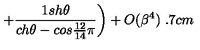
\left. + \frac { 1 s h \theta } { c h \theta - c o s \frac { 1 2 } { 1 4 } \pi } \right) + O ( \beta ^ { 4 } ) \hspace { 3 . 7 c m }